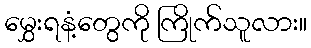
မွှေးရနံ့တွေကို ကြိုက်သူလား။